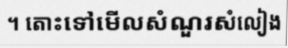
។ តោះទៅមើលសំណួរសំលៀង